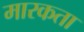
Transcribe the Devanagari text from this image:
मारकता